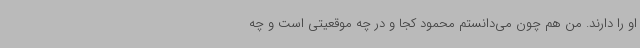
او را دارند. من هم چون می‌دانستم محمود کجا و در چه موقعیتی است و چه